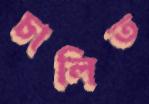
চালিত